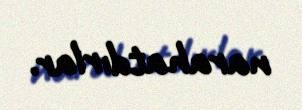
narahatdırlar.